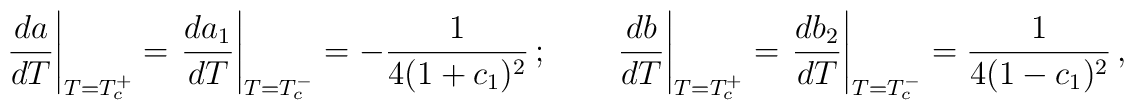
\left.\frac{da}{dT}\right|_{T=T_c^+}=\left.\frac{da_1}{dT}\right|_{T=T_c^-}=-\frac{1}{4(1+c_1)^2}\,;\qquad\left.\frac{db}{dT}\right|_{T=T_c^+}=\left.\frac{db_2}{dT}\right|_{T=T_c^-}=\frac{1}{4(1-c_1)^2}\,,